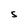
Character: S